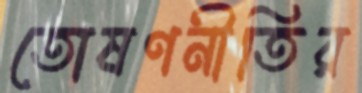
তোষণনীতির